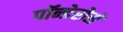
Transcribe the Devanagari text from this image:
पॉन्डेरोसे